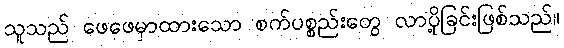
သူသည် ဖေဖေမှာထားသော စက်ပစ္စည်းတွေ လာပို့ခြင်းဖြစ်သည်။